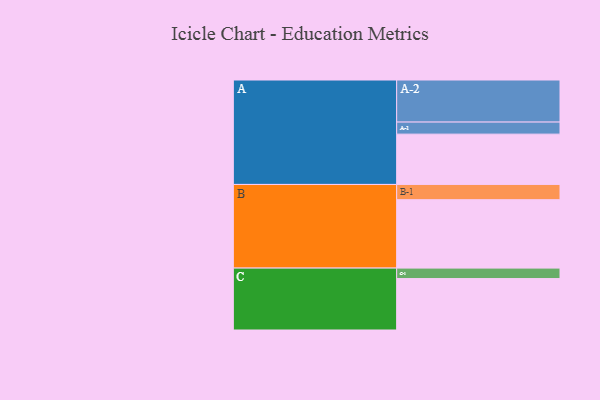
{"axis": {"x": "Segment", "y": "Value"}, "legend": ["", "A", "B", "C"], "data": [{"x": "A", "y": 317, "type": ""}, {"x": "B", "y": 431, "type": ""}, {"x": "C", "y": 324, "type": ""}, {"x": "A-1", "y": 76, "type": "A"}, {"x": "A-2", "y": 265, "type": "A"}, {"x": "B-1", "y": 96, "type": "B"}, {"x": "C-1", "y": 66, "type": "C"}]}